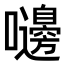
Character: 𪢥